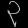
Digit: ၃